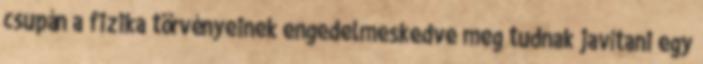
csupán a fizika törvényeinek engedelmeskedve meg tudnak javítani egy